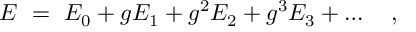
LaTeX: E ~ = ~ E _ { 0 } + g E _ { 1 } + g ^ { 2 } E _ { 2 } + g ^ { 3 } E _ { 3 } + \ldots \quad ,